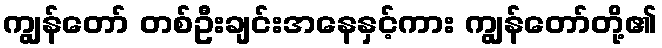
ကျွန်တော် တစ်ဦးချင်းအနေနှင့်ကား ကျွန်တော်တို့၏